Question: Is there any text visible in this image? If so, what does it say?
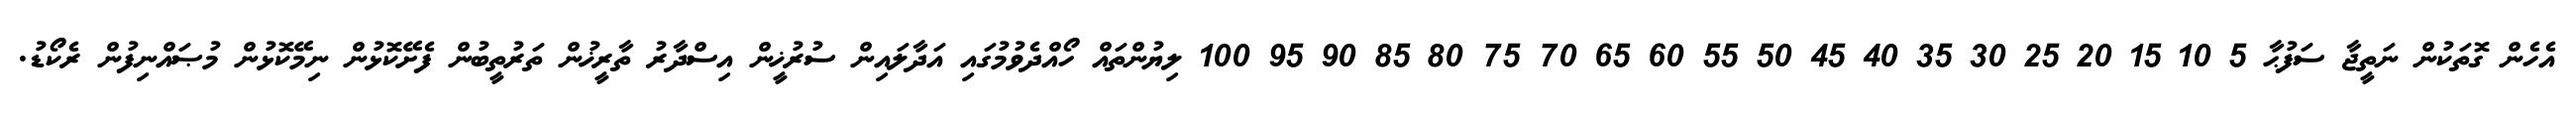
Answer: އެހެން ގޮތަކުން ނަތީޖާ ސަފުޙާ 5 10 15 20 25 30 35 40 45 50 55 60 65 70 75 80 85 90 95 100 ލިޔުންތައް ހޯއްދެވުމުގައި އަދާލައިން ސުރުޚީން އިސްދާރު ތާރީޚުން ތަރުތީބުން ފެށޭކޮޅުން ނިމޭކޮޅުން މުޞައްނިފުން ރެކޯޑު.